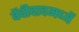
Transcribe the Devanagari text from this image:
वेंदीदादमध्यें